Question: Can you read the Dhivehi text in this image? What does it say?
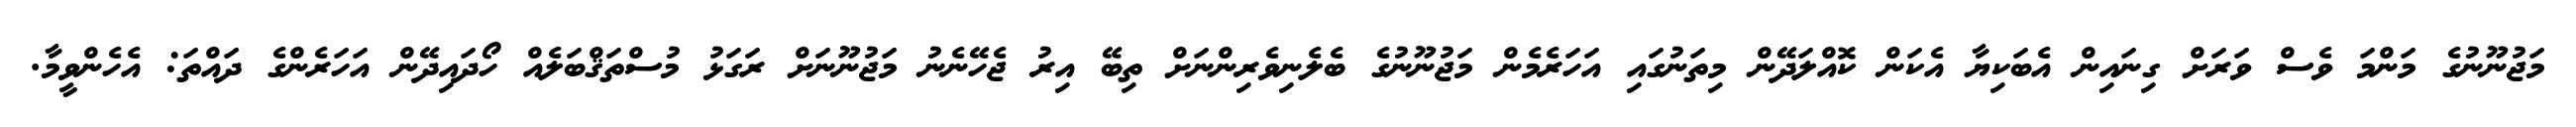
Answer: މަޖުނޫނުގެ މަންމަ ވެސް ވަރަށް ގިނައިން އެބަކިޔާ އެކަން ކޮއްލަދޭން މިތަނުގައި އަހަރެމެން މަޖުނޫނުގެ ބެލެނިވެރިންނަށް ތިބޭ އިރު ޖެހޭނެނު މަޖުނޫނަށް ރަގަޅު މުސްތަޤްބަލެއް ހޯދައިދޭން އަހަރެންގެ ދައްތަ: އެހެންވީމާ.